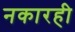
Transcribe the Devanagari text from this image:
नकारही